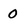
Character: 0